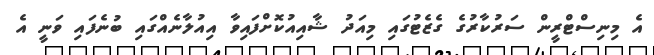
އެ މިނިސްޓްރީން ސަރުކާރުގެ ގެޒެޓުގައި މިއަދު ޝާއިއުކޮށްފައިވާ އިއުލާނެއްގައި ބުނެފައި ވަނީ އެ